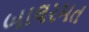
બાલરમત